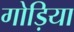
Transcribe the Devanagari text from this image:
गोड़िया